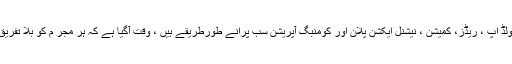
اب آپریشن کلین اپ، جنرل ہولڈ اپ ، ریڈز، کمیشن ، نیشنل ایکشن پلان اور کومنبگ آپریشن سب پرانے طورطریقے ہیں ، وقت آگیا ہے کہ ہر مجر م کو بلا تفریق و بلا تقسیم موقع پر سزا ہو۔